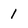
Character: 1